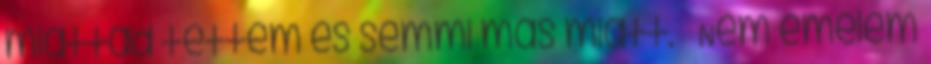
miattad tettem és semmi más miatt. – Nem emelem